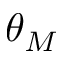
\theta _ { M }